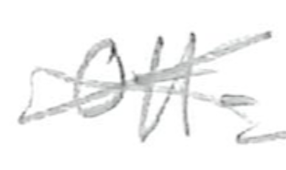
Text: Theater
Cross-out: cross
Writing tool: pencil